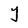
Character: Y